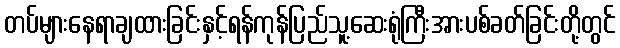
တပ်များနေရာချထားခြင်းနှင့်ရန်ကုန်ပြည်သူ့ဆေးရုံကြီးအားပစ်ခတ်ခြင်းတို့တွင်